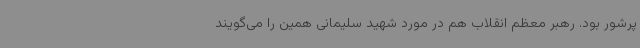
پرشور بود. رهبر معظم انقلاب هم در مورد شهید سلیمانی همین را می‌گویند